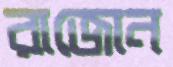
রাজোন